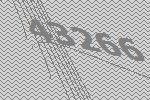
43266